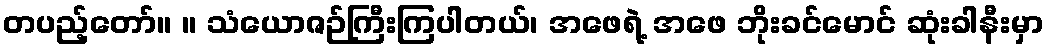
တပည့်တော်။ ။ သံယောဇဉ်ကြီးကြပါတယ်၊ အဖေရဲ့ အဖေ ဘိုးခင်မောင် ဆုံးခါနီးမှာ